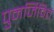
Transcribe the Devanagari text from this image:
पुनर्जिवित